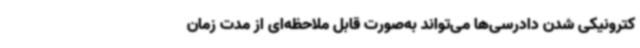
کترونیکی شدن دادرسی‌ها می‌تواند به‌صورت قابل ملاحظه‌ای از مدت زمان